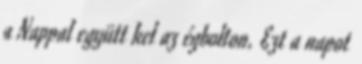
a Nappal együtt kel az égbolton. Ezt a napot